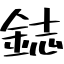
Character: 鋕